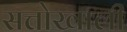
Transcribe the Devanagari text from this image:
सत्तोखाली